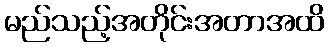
မည်သည့်အတိုင်းအတာအထိ